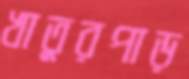
খাতুরপাড়